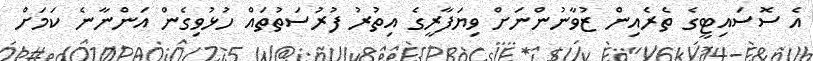
އެ ސޮސައިޓީގެ ތެރެއިން ޒުވާނުންނަށް ވިޔަފާރީގެ އިތުރު ފުރުސަތުތައް ހުޅުވިގެން އަންނާނެ ކަމަށް